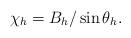
LaTeX: \begin{align*} \chi_h = B_h/\sin \theta_h.\end{align*}